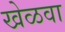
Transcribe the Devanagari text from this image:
खेळवा